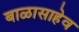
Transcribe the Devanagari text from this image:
बाळासाहेव